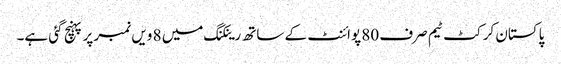
پاکستان کرکٹ ٹیم صرف 80 پوائنٹ کے ساتھ رینکنگ میں 8 ویں نمبر پر پہنچ گئی ہے۔